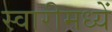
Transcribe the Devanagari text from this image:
स्वारीमध्यें